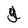
Character: g